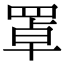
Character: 罩